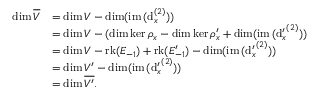
\begin{array} { r l } { \dim \overline { { V } } } & { = \dim V - \dim ( \mathrm { i m } \, ( \mathrm { d } _ { x } ^ { ( 2 ) } ) ) } \\ & { = \dim V - ( \dim \ker \rho _ { x } - \dim \ker \rho _ { x } ^ { \prime } + \dim ( \mathrm { i m } \, ( { \mathrm { d } _ { x } ^ { \prime } } ^ { ( 2 ) } ) ) } \\ & { = \dim V - \mathrm { r k } ( { E _ { - 1 } } ) + \mathrm { r k } ( { E _ { - 1 } ^ { \prime } } ) - \dim ( \mathrm { i m } \, ( { \mathrm { d } _ { x } ^ { \prime } } ^ { ( 2 ) } ) ) } \\ & { = \dim V ^ { \prime } - \dim ( \mathrm { i m } \, ( { \mathrm { d } _ { x } ^ { \prime } } ^ { ( 2 ) } ) ) } \\ & { = \dim \overline { { V ^ { \prime } } } . } \end{array}